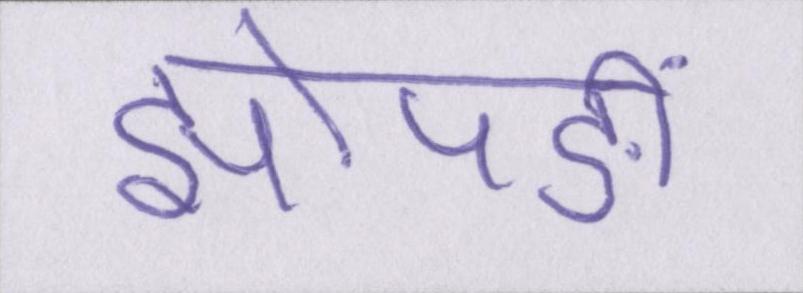
झोपङीं